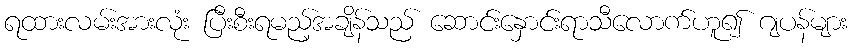
ရထားလမ်းအားလုံး ပြီးစီးရမည့်အချိန်သည် ဆောင်းနှောင်းရာသီလောက်ဟူ၍ ဂျပန်များ